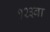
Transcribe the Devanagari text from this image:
१२३वा